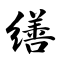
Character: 缮